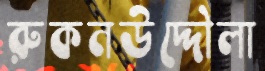
রুকনউদ্দৌলা